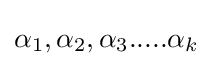
{\alpha _{1},\alpha _{2},\alpha _{3}.....\alpha _{k}}